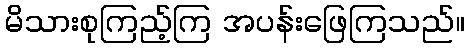
မိသားစုကြည့်ကြ အပန်းဖြေကြသည်။